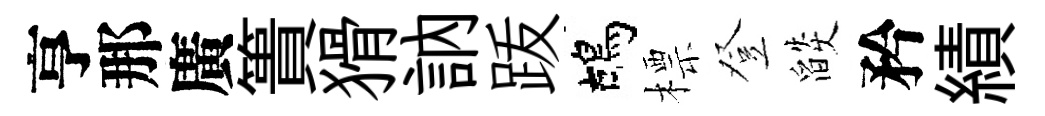
亨那廣簣猾訥䟦鴣標登燄矜績